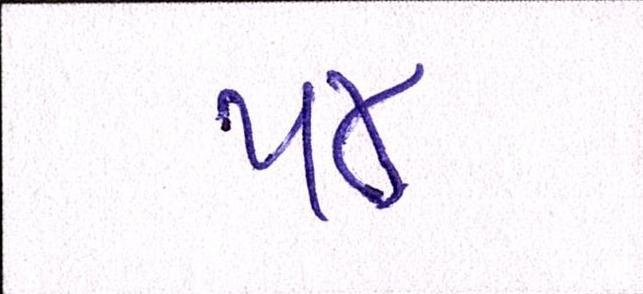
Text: ૫૪